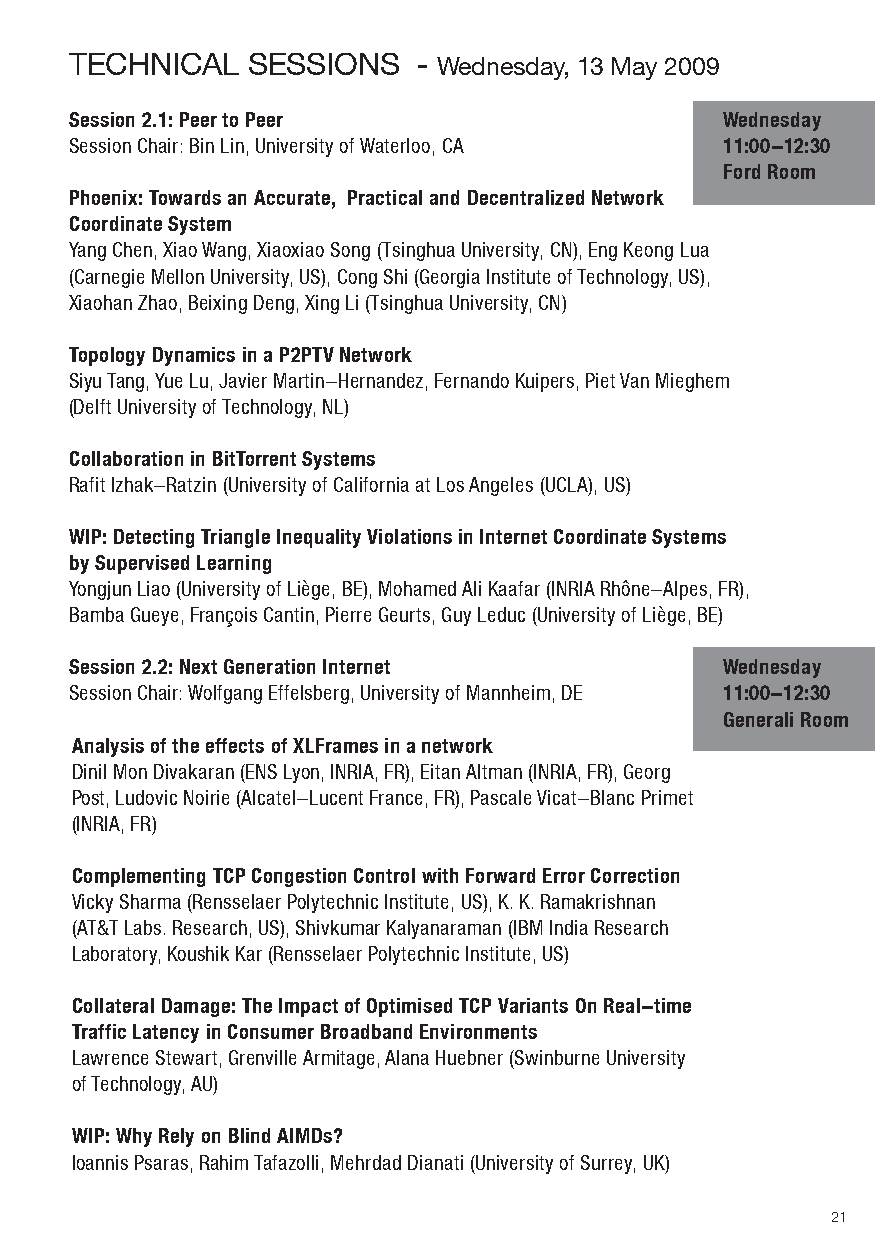
teCHNICAl  SeSSIoNS    - wednesday, 13 May 2009
 Session 2.1: Peer to Peer                  Wednesday
 Session Chair: Bin Lin, University of Waterloo, CA 11:00‐-12:30
 Ford Room
 Phoenix: Towards an Accurate, Practical and Decentralized Network
 Coordinate System
 Yang Chen, Xiao Wang, Xiaoxiao Song (Tsinghua University, CN), Eng Keong Lua
 (Carnegie Mellon University, US), Cong Shi (Georgia Institute of Technology, US),
 Xiaohan Zhao, Beixing Deng, Xing Li (Tsinghua University, CN)
 Topology Dynamics in a P2PTV Network
 Siyu Tang, Yue Lu, Javier Martin-Hernandez, Fernando Kuipers, Piet Van Mieghem
 (Delft University of Technology, NL)
 Collaboration in BitTorrent Systems
 Rafit Izhak-Ratzin (University of California at Los Angeles (UCLA), US)
 WIP: Detecting Triangle Inequality Violations in Internet Coordinate Systems
 by Supervised Learning
 Yongjun Liao (University of Liège, BE), Mohamed Ali Kaafar (INRIA Rhône-Alpes, FR),
 Bamba Gueye, François Cantin, Pierre Geurts, Guy Leduc (University of Liège, BE)
 Session 2.2: Next Generation Internet      Wednesday
 Session Chair: Wolfgang Effelsberg, University of Mannheim, DE 11:00-12:30
 Generali Room
 Analysis of the effects of XLFrames in a network
 Dinil Mon Divakaran (ENS Lyon, INRIA, FR), Eitan Altman (INRIA, FR), Georg
 Post, Ludovic Noirie (Alcatel-Lucent France, FR), Pascale Vicat-Blanc Primet
 (INRIA, FR)
 Complementing TCP Congestion Control with Forward Error Correction
 Vicky Sharma (Rensselaer Polytechnic Institute, US), K. K. Ramakrishnan
 (AT&T Labs. Research, US), Shivkumar Kalyanaraman (IBM India Research
 Laboratory, Koushik Kar (Rensselaer Polytechnic Institute, US)
 Collateral Damage: The Impact of Optimised TCP Variants On Real-time
 Traffic Latency in Consumer Broadband Environments
 Lawrence Stewart, Grenville Armitage, Alana Huebner (Swinburne University
 of Technology, AU)
 WIP: Why Rely on Blind AIMDs?
 Ioannis Psaras, Rahim Tafazolli, Mehrdad Dianati (University of Surrey, UK)
 2